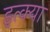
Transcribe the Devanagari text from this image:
इत्क्या